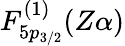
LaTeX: F_{5p_{3/2}}^{(1)}(Z\alpha)